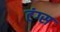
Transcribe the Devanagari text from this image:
टंग्स